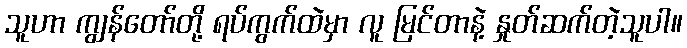
သူဟာ ကျွန်တော်တို့ ရပ်ကွက်ထဲမှာ လူ မြင်တာနဲ့ နှုတ်ဆက်တဲ့သူပါ။